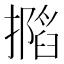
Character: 𢶽